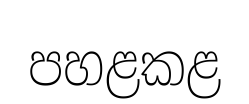
පහළකළ